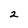
Character: 2